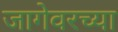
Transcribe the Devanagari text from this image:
जागेवरच्या